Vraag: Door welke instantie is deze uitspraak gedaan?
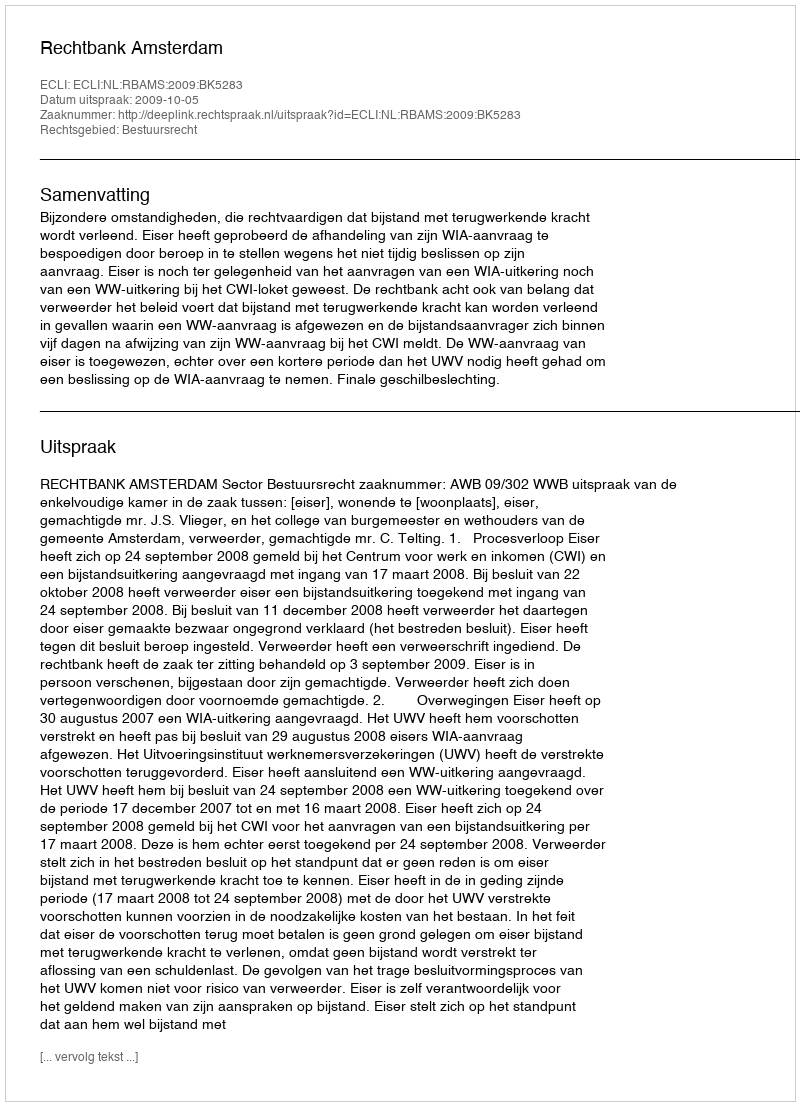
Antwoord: Rechtbank Amsterdam